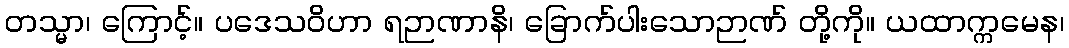
တသ္မာ၊ ကြောင့်။ ပဒေသဝိဟာ ရဉာဏာနိ၊ ခြောက်ပါးသောဉာဏ် တို့ကို။ ယထာက္ကမေန၊